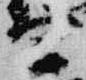
宰